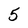
Character: 5